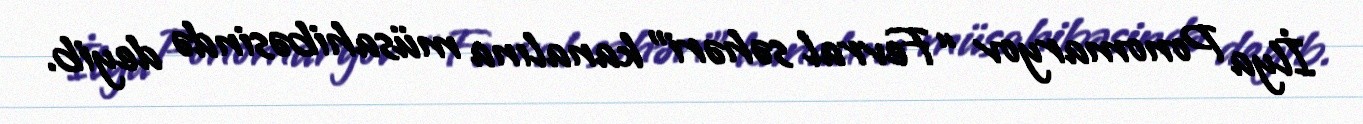
İlya Ponomaryov “Fevral səhəri” kanalına müsahibəsində deyib.